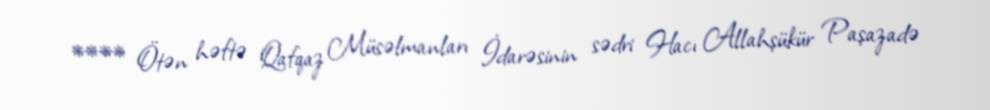
**** Ötən həftə Qafqaz Müsəlmanları İdarəsinin sədri Hacı Allahşükür Paşazadə